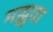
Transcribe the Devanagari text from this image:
मझुवा